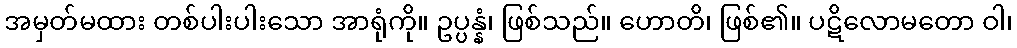
အမှတ်မထား တစ်ပါးပါးသော အာရုံကို။ ဥပ္ပန္နံ၊ ဖြစ်သည်။ ဟောတိ၊ ဖြစ်၏။ ပဋိလောမတော ဝါ၊